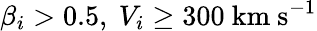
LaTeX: \beta_{i}>0.5,~V_{i}\geq 300~\mathrm{km}~\mathrm{s}^{-1}